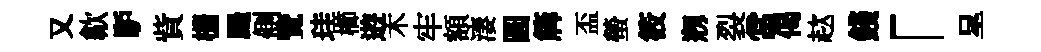
又歙馿貲栅颺側覽珪櫛逰木牢額淒圆簰盃螢筱剏裂當偈趑錢「呈